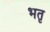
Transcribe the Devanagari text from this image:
भतृ